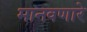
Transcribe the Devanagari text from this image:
मानवणारे